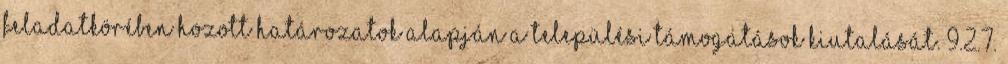
feladatkörében hozott határozatok alapján a települési támogatások kiutalását. 9.2.7.